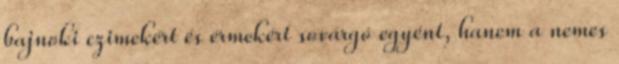
bajnoki czimekért és érmekért sovárgó egyént, hanem a nemes